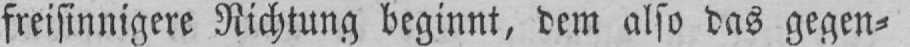
freisinnigere Richtung beginnt, dem also das gegen⸗